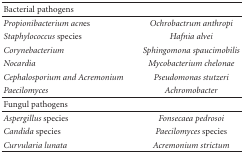
<table><thead><tr><td><b> Bacterial pathogens</b></td><td></td></tr></thead><tbody><tr><td><i>Propionibacterium acn</i>es</td><td><i>Ochrobactrum anthropi</i></td></tr><tr><td><i>Staphylococcus </i>species</td><td><i>Hafnia alvei</i></td></tr><tr><td><i>Corynebacterium</i></td><td><i>Sphingomona spaucimobilis</i></td></tr><tr><td><i>Nocardia</i></td><td><i>Mycobacterium chelonae</i></td></tr><tr><td><i>Cephalosporium and Acremonium</i></td><td><i>Pseudomonas stutzeri</i></td></tr><tr><td><i>Paecilomyces</i></td><td><i>Achromobacter</i></td></tr><tr><td>Fungul pathogens</td><td></td></tr><tr><td><i>Aspergillus</i> species</td><td><i>Fonsecaea pedrosoi</i></td></tr><tr><td><i>Candida </i>species</td><td><i>Paecilomyces</i> species</td></tr><tr><td><i>Curvularia lunata</i></td><td><i>Acremonium strictum</i></td></tr></tbody></table>